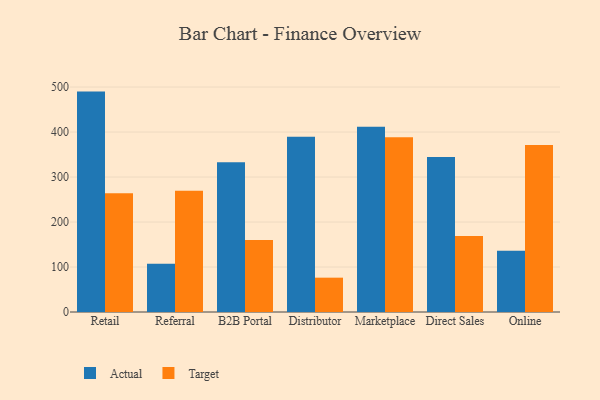
{"axis": {"x": "Channel", "y": "Tickets Resolved"}, "legend": ["Actual", "Target"], "data": [{"x": "Retail", "y": 489.9, "type": "Actual"}, {"x": "Retail", "y": 264.1, "type": "Target"}, {"x": "Referral", "y": 107.4, "type": "Actual"}, {"x": "Referral", "y": 269.3, "type": "Target"}, {"x": "B2B Portal", "y": 332.8, "type": "Actual"}, {"x": "B2B Portal", "y": 160.0, "type": "Target"}, {"x": "Distributor", "y": 389.6, "type": "Actual"}, {"x": "Distributor", "y": 76.3, "type": "Target"}, {"x": "Marketplace", "y": 411.6, "type": "Actual"}, {"x": "Marketplace", "y": 388.3, "type": "Target"}, {"x": "Direct Sales", "y": 344.7, "type": "Actual"}, {"x": "Direct Sales", "y": 168.9, "type": "Target"}, {"x": "Online", "y": 136.1, "type": "Actual"}, {"x": "Online", "y": 371.2, "type": "Target"}]}